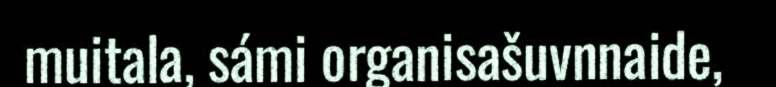
muitala, sámi organisašuvnnaide,